Indian journal of veterinary science and animal husbandry - Volume 6,
Year: 1936
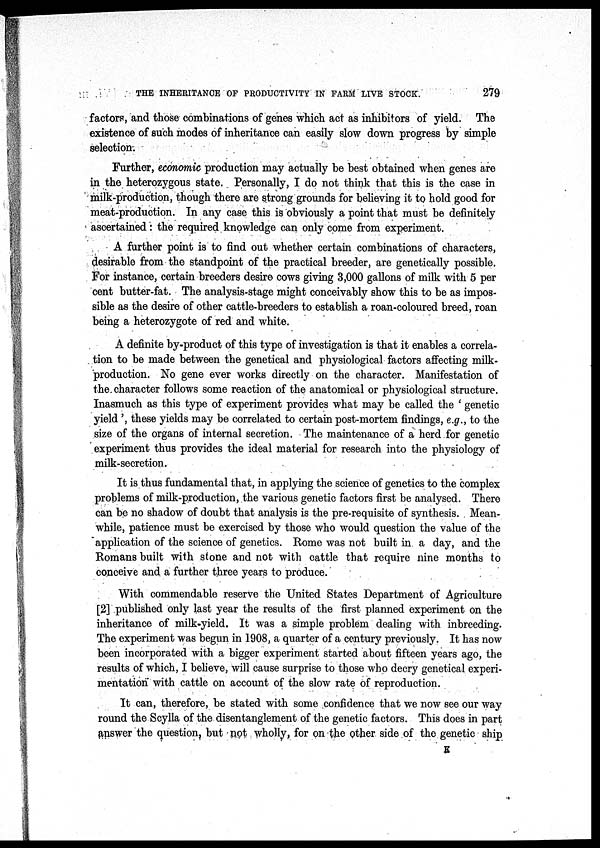
THE INHERITANCE OF PRODUCTIVITY IN FARM LIVE STOCK.
279
factors, and those combinations of genes which act as inhibitors of yield. The
existence of such modes of inheritance can easily slow down progress by simple
selection.
Further, economic production may actually be best obtained when genes are
in the heterozygous state. Personally, I do not think that this is the case in
milk-production, though there are strong grounds for believing it to hold good for
meat-production. In any case this is obviously a point that must be definitely
ascertained: the required knowledge can only come from experiment.
A further point is to find out whether certain combinations of characters,
desirable from the standpoint of the practical breeder, are genetically possible.
For instance, certain breeders desire cows giving 3,000 gallons of milk with 5 per
cent butter-fat. The analysis-stage might conceivably show this to be as impos-
sible as the desire of other cattle-breeders to establish a roan-coloured breed, roan
being a heterozygote of red and white.
A definite by-product of this type of investigation is that it enables a correla-
tion to be made between the genetical and physiological factors affecting milk-
production. No gene ever works directly on the character. Manifestation of
the character follows some reaction of the anatomical or physiological structure.
Inasmuch as this type of experiment provides what may be called the ' genetic
yield ', these yields may be correlated to certain post-mortem findings, e.g., to the
size of the organs of internal secretion. The maintenance of a herd for genetic
experiment thus provides the ideal material for research into the physiology of
milk-secretion.
It is thus fundamental that, in applying the science of genetics to the complex
problems of milk-production, the various genetic factors first be analysed. There
can be no shadow of doubt that analysis is the pre-requisite of synthesis. Mean-
while, patience must be exercised by those who would question the value of the
application of the science of genetics. Rome was not built in a day, and the
Romans built with stone and not with cattle that require nine months to
conceive and a further three years to produce.
With commendable reserve the United States Department of Agriculture
[2] published only last year the results of the first planned experiment on the
inheritance of milk-yield. It was a simple problem dealing with inbreeding.
The experiment was begun in 1908, a quarter of a century previously. It has now
been incorporated with a bigger experiment started about fifteen years ago, the
results of which, I believe, will cause surprise to those who decry genetical experi-
mentation with cattle on account of the slow rate of reproduction.
It can, therefore, be stated with some confidence that we now see our way
round the Scylla of the disentanglement of the genetic factors. This does in part
answer the question, but not wholly, for on the other side of the genetic ship